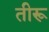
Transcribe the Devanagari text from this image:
तीरू